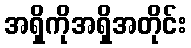
အရှိကိုအရှိအတိုင်း